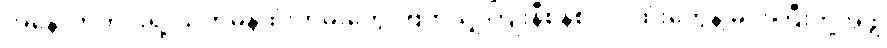
အနောက်တိုင်းရဲ့ သံတမန်ထုံးတမ်းတွေ၊ ဗြိတိသျှကြိုးနီစနစ်လုပ်ထုံးတွေနဲ့ မင်းကြီးတို့အဖွဲ့